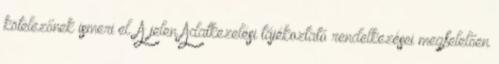
kötelezőnek ismeri el. A jelen Adatkezelési tájékoztató rendelkezései megfelelően